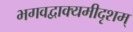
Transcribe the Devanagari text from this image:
भगवद्वाक्यमीदृशम्